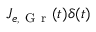
J _ { e , \mathrm { ~ G ~ r ~ } } ( t ) \delta ( t )